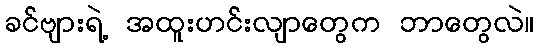
ခင်ဗျားရဲ့ အထူးဟင်းလျာတွေက ဘာတွေလဲ။